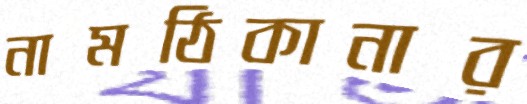
নামঠিকানার